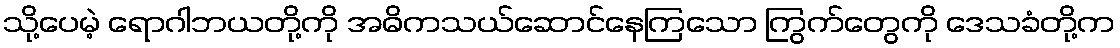
သို့ပေမဲ့ ရောဂါဘယတို့ကို အဓိကသယ်ဆောင်နေကြသော ကြွက်တွေကို ဒေသခံတို့က